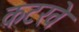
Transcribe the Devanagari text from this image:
कटरवे